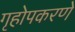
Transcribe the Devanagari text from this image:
गृहोपकरणे